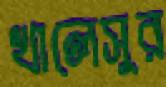
খালেসুর